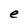
Character: e